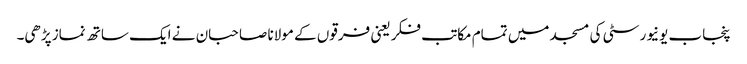
پنجاب یونیورسٹی کی مسجد میں تمام مکاتب فکر یعنی فرقوں کے مولانا صاحبان نے ایک ساتھ نماز پڑھی۔